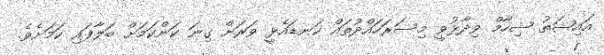
އައިޝަތު ޝިހާމް ވިދާޅުވީ މިސަރަހައްދުތައް ކަނޑައެޅީ ވަރަށް ގިނަ ކަންކަމަށް ބަލާފައި ކަމަށެވެ.